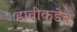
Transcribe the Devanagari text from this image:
डावीकडेच